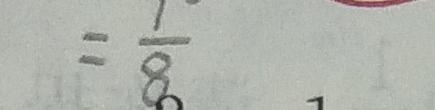
= \frac { 1 } { 8 }